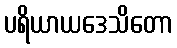
ပရိယာယဒေသိတော